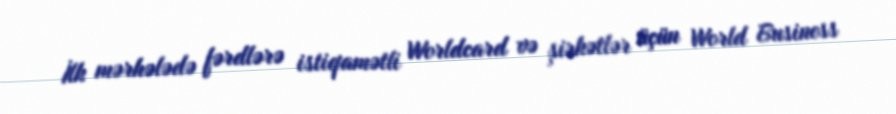
İlk mərhələdə fərdlərə istiqamətli Worldcard və şirkətlər üçün World Business